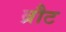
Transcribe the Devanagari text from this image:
ब्रौट